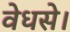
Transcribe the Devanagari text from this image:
वेधसे।